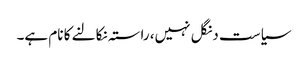
سیاست دنگل نہیں، راستہ نکالنے کا نام ہے۔